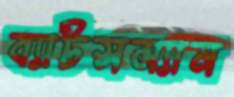
ব্যাটসম্যান